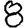
Digit: 8